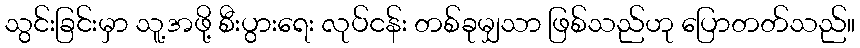
သွင်းခြင်းမှာ သူ့အဖို့ စီးပွားရေး လုပ်ငန်း တစ်ခုမျှသာ ဖြစ်သည်ဟု ပြောတတ်သည်။